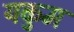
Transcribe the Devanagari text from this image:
यकुम